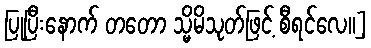
ပြုပြီးနောက် တတော သ္မိမိသုတ်ဖြင့် စီရင်လေ။]